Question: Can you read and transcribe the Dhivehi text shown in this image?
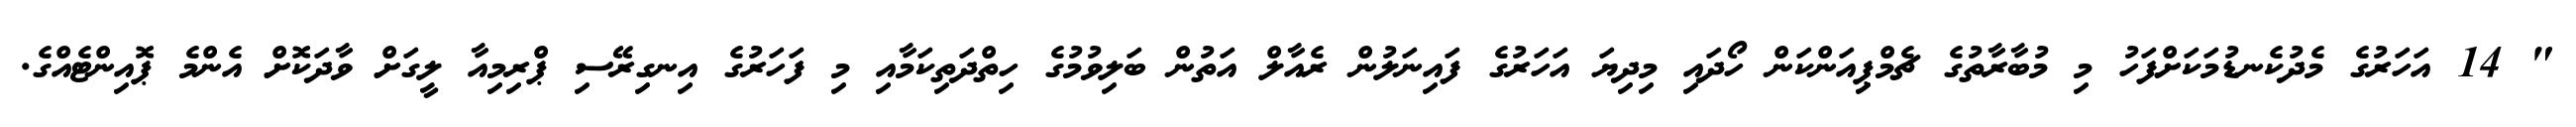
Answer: " 14 އަހަރުގެ މެދުކެނޑުމަކަށްފަހު މި މުބާރާތުގެ ޗެމްޕިއަންކަން ހޯދައި މިދިޔަ އަހަރުގެ ފައިނަލުން ރެއާލް އަތުން ބަލިވުމުގެ ހިތްދަތިކަމާއި މި ފަހަރުގެ އިނގިރޭސި ޕްރިމިއާ ލީގަށް ވާދަކޮށް އެންމެ ޕޮއިންޓެއްގެ.